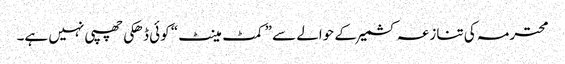
محترمہ کی تنازعہ کشمیر کے حوالے سے ”کمٹ مینٹ“ کوئی ڈھکی چھپی نہیں ہے۔